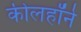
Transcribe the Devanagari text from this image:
कीलहॉर्न